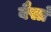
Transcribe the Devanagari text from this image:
बैसां